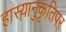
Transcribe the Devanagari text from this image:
हास्यानुकृतिपर